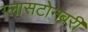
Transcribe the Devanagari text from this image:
ग्लासटोनबरी